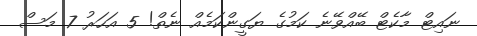
ނައިޓް މާކެޓް ބޭއްވޭނެ ކަމުގެ ޔަގީންކަމެއް ނެތް! 5 އަހަރު 7 މަސް